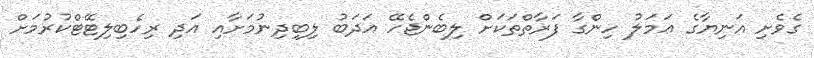
ގެވެށި އަނިޔާގެ ޢަމަލު ހިންގާ ފަރާތްތަކަށް ލިބެންޖެހޭ އަދަބު ލިބިދިނުމަށާއި އަދި ރިހެބިލިޓޭޓްކުރުމަށް